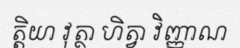
ត្តិយា វុត្ថា ហិត្វា វិញ្ញាណ